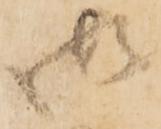
御